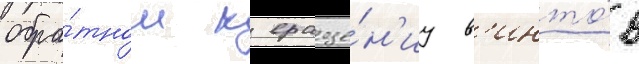
обра́тном к враще́н'иу в'инто́в